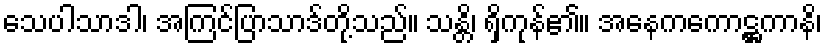
သေပါသာဒါ၊ အကြင်ပြာသာဒ်တို့သည်။ သန္တိ၊ ရှိကုန်၏။ အနေကကောဋ္ဌကာနိ၊